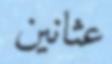
عثانين